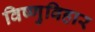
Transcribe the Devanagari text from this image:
विष्णुविहार